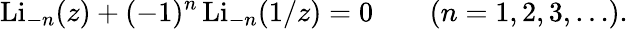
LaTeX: \operatorname{Li}_{-n}(z)+(-1)^{n}\operatorname{Li}_{-n}(1/z)=0\qquad(n=1,2,3,\ldots).